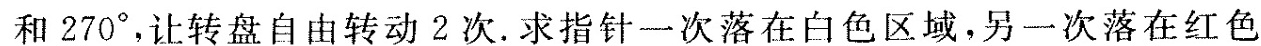
和270°，让转盘自由转动2次。求指针一次落在白色区域，另一次落在红色